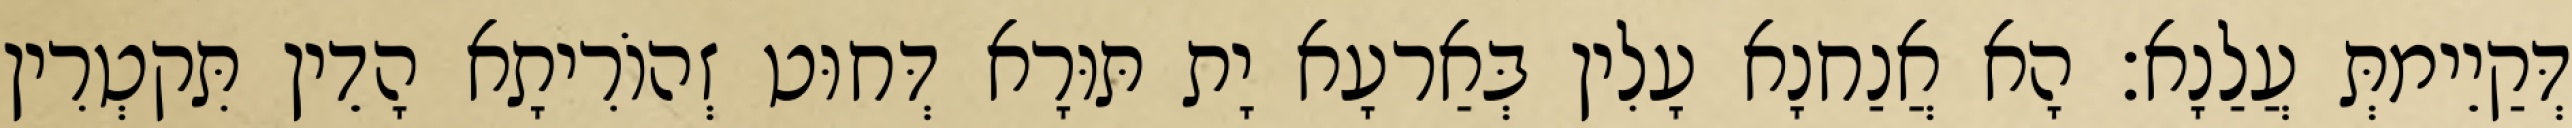
דְּקַיֵימתְּ עֲלַנָא׃ הָא אֲנַחנָא עָלִין בְּאַרעָא יָת תּוּרָא דְּחוּט זְהוֹרִיתָא הָדֵין תִּקטְרִין